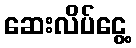
ဆေးလိပ်ငွေ့